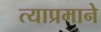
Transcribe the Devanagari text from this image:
त्याप्रमाने